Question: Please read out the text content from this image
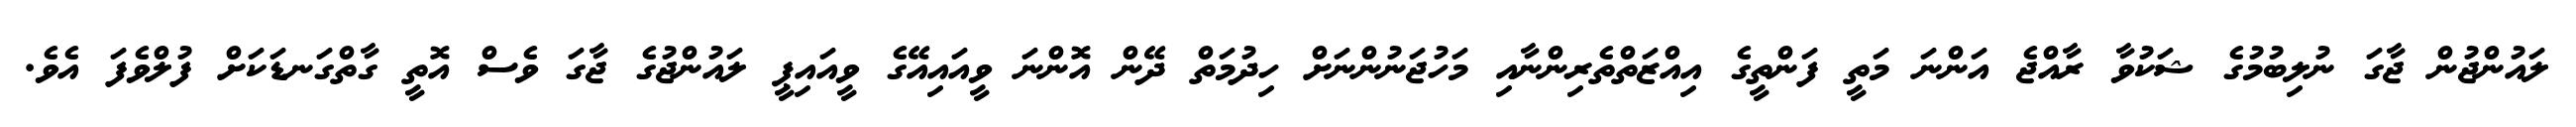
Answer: ލައުންޖުން ޖާގަ ނުލިބުމުގެ ޝަކުވާ ރާއްޖެ އަންނަ މަތީ ފަންތީގެ އިއްޒަތްތެރިންނާއި މަހުޖަނުންނަށް ހިދުމަތް ދޭން އޮންނަ ވީއައިއޭގެ ވީއައިޕީ ލައުންޖުގެ ޖާގަ ވެސް އޮތީ ގާތްގަނޑަކަށް ފުލްވެފަ އެވެ.